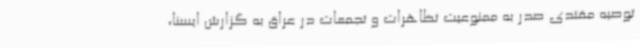
توصیه‌ مقتدی صدر به ممنوعیت تظاهرات‌ و تجمعات در عراق به گزارش ایسنا،